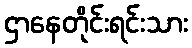
ဌာနေတိုင်းရင်းသား